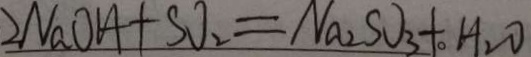
2 N a O H + S O _ { 2 } = N a _ { 2 } S O _ { 3 } + H _ { 2 } O